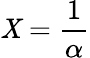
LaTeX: \mathit{X}={\frac{{1}}{{\alpha}}}